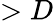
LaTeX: >D